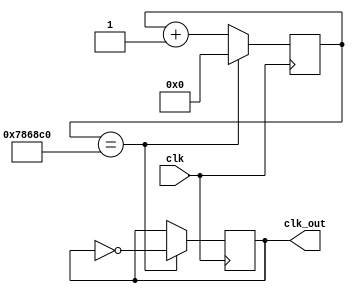
module freqdivider(input clk, output reg clk_out);
	
	reg[23:0] counter;
	
	
	always@(posedge clk) begin
	
		if(counter==24'd75000000) begin
			counter <= 16'd0;
			clk_out <= ~clk_out;
		end
		
		else begin
			counter <= counter +1;
		end
	
	end
	
	

endmodule